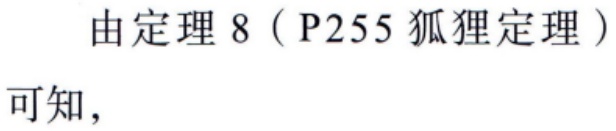
由定理 8（P255 狐狸定理）可知，